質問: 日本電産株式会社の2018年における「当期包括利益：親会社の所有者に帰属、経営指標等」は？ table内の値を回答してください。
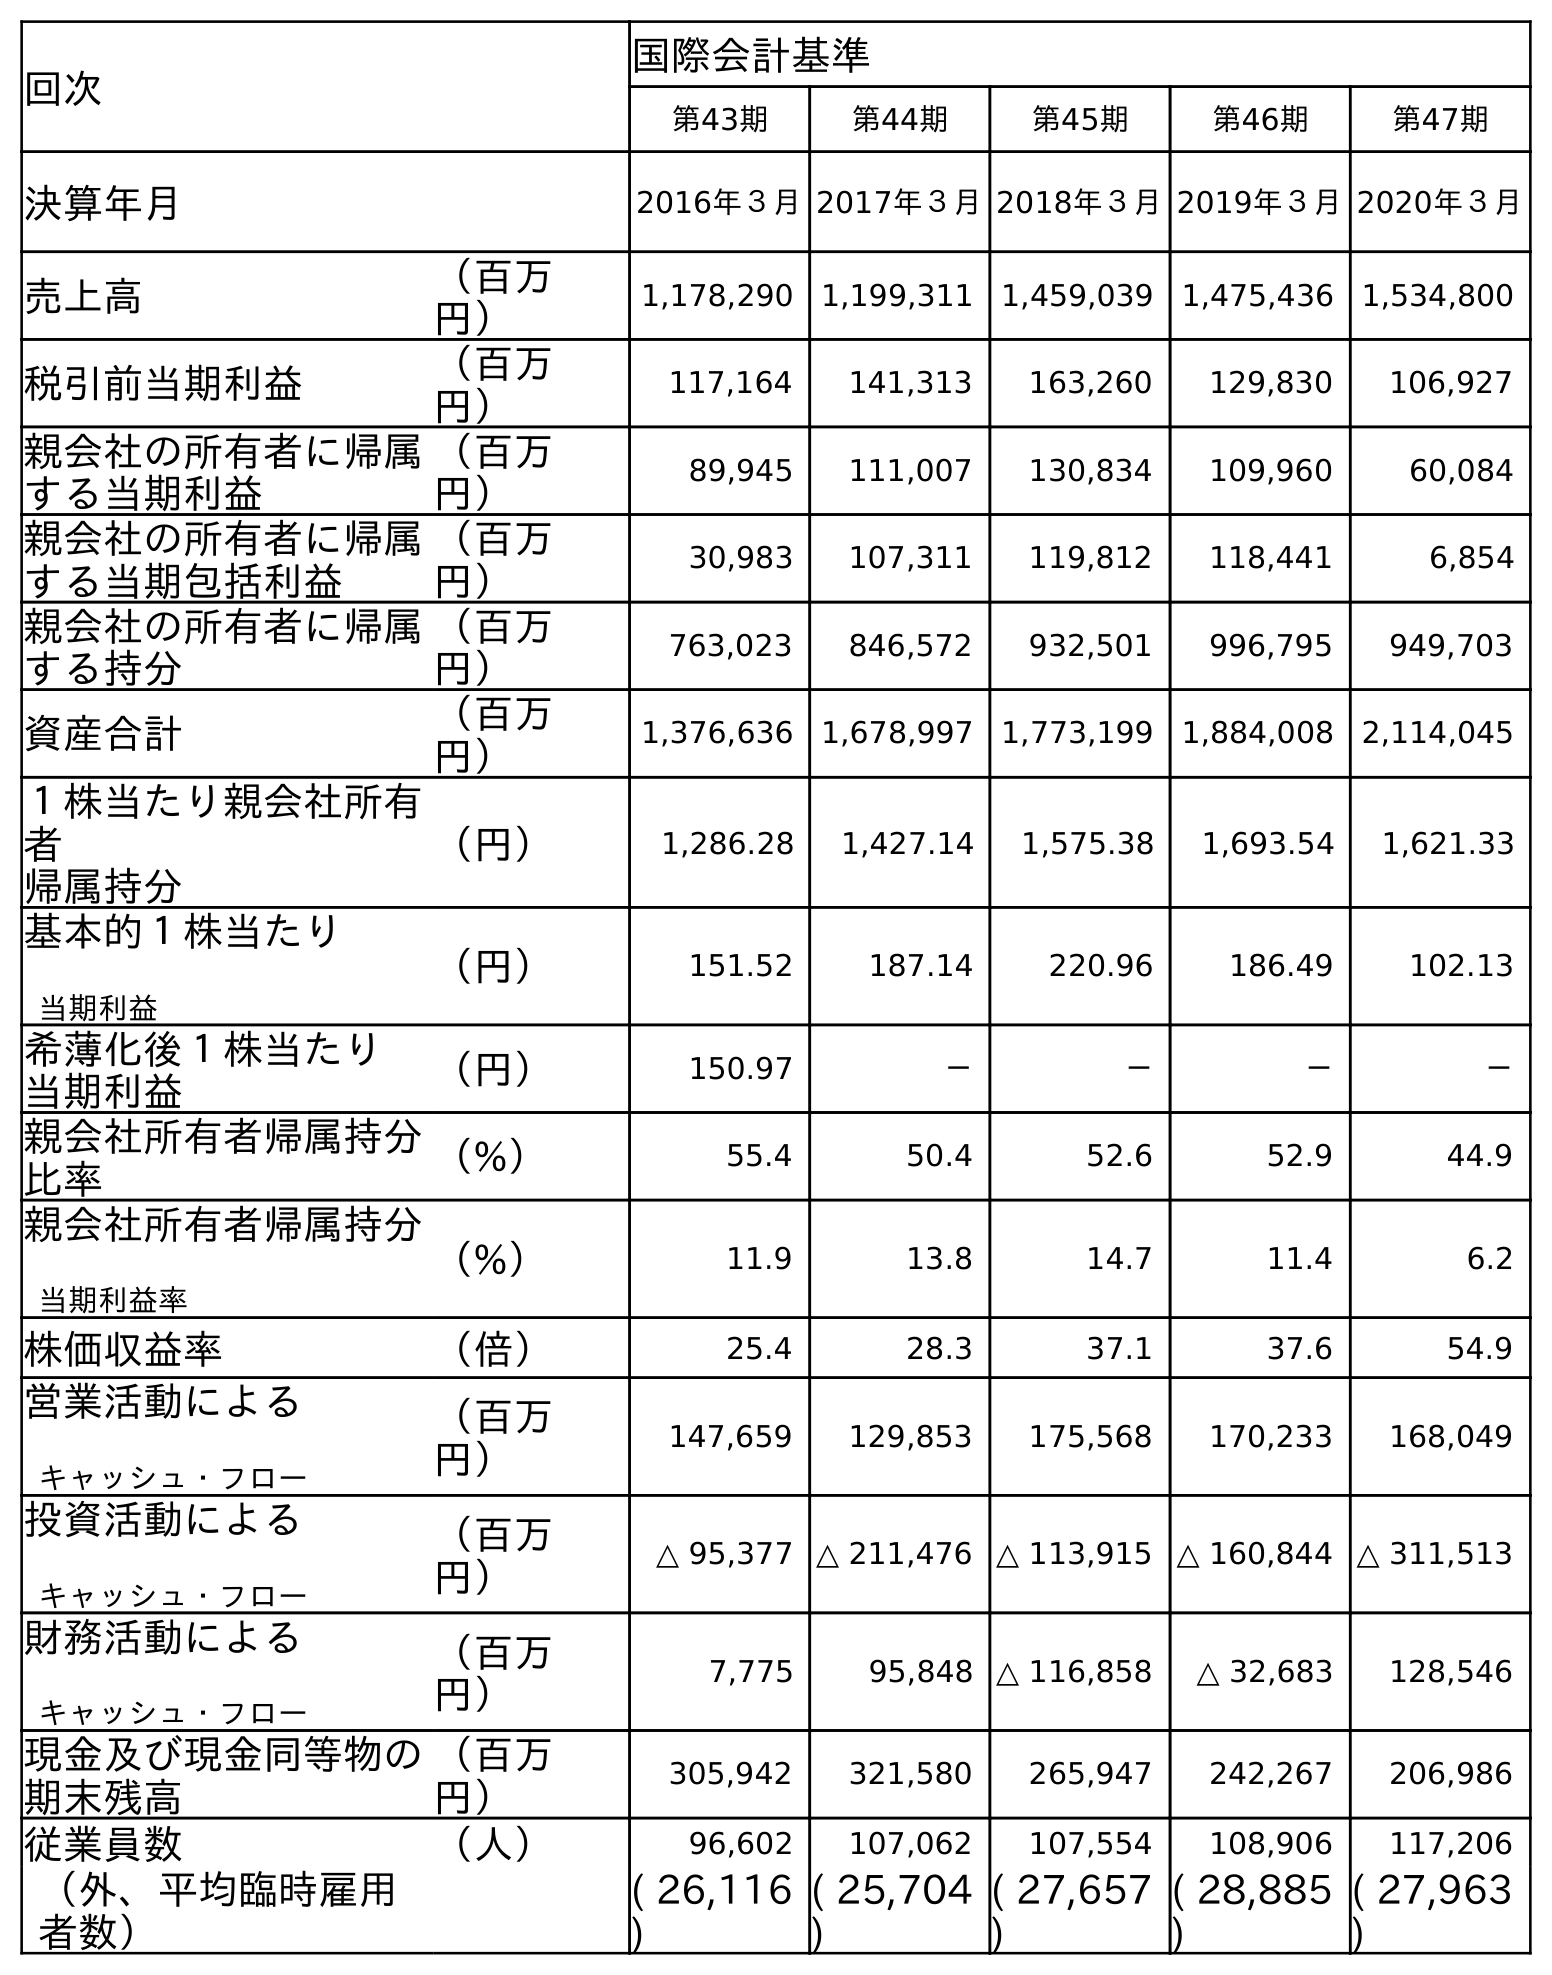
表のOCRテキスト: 回次 国際会計基準 第43期 第44期 第45期 第46期 第47期 決算年月 2016年３月2017年３月2018年３月2019年３月2020年３月 売上高 （百万 円） 1,178,290 1,199,311 1,459,039 1,475,436 1,534,800 税引前当期利益 （百万 円） 117,164 141,313 163,260 129,830 106,927 親会社の所有者に帰属 する当期利益 （百万 円） 89,945 111,007 130,834 109,960 60,084 親会社の所有者に帰属 する当期包括利益 （百万 円） 30,983 107,311 119,812 118,441 6,854 親会社の所有者に帰属 する持分 （百万 円） 763,023 846,572 932,501 996,795 949,703 資産合計 （百万 円） 1,376,636 1,678,997 1,773,199 1,884,008 2,114,045 １株当たり親会社所有 者 帰属持分 （円） 1,286.28 1,427.14 1,575.38 1,693.54 1,621.33 基本的１株当たり 当期利益 （円） 151.52 187.14 220.96 186.49 102.13 希薄化後１株当たり 当期利益 （円） 150.97 － － － － 親会社所有者帰属持分 比率 （%） 55.4 50.4 52.6 52.9 44.9 親会社所有者帰属持分 当期利益率 （%） 11.9 13.8 14.7 11.4 6.2 株価収益率 （倍） 25.4 28.3 37.1 37.6 54.9 営業活動による キャッシュ・フロー （百万 円） 147,659 129,853 175,568 170,233 168,049 投資活動による キャッシュ・フロー （百万 円） △ 95,377 △ 211,476 △ 113,915 △ 160,844 △ 311,513 財務活動による キャッシュ・フロー （百万 円） 7,775 95,848 △ 116,858 △ 32,683 128,546 現金及び現金同等物の 期末残高 （百万 円） 305,942 321,580 265,947 242,267 206,986 従業員数 （人） 96,602 107,062 107,554 108,906 117,206 （外、平均臨時雇用 者数） ( 26,116 ) ( 25,704 ) ( 27,657 ) ( 28,885 ) ( 27,963 )
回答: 119,812